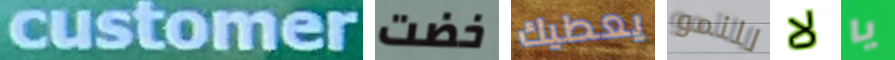
customer خضت يعطيك للنمو لا يا